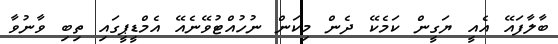
ބާލާފައޭ އެއީ ޔަގީން ކަމެކޭ ދެން މިކަން ނުހުއްޓުވޭނެއޭ އެމްޑީޕީގައި ތިބި ވާނުވާ